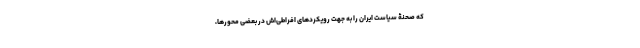
که صحنۀ سیاست ایران را به جهت رویکردهای افراطی‌اش در بعضی محورها،